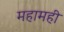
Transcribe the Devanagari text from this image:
महामही